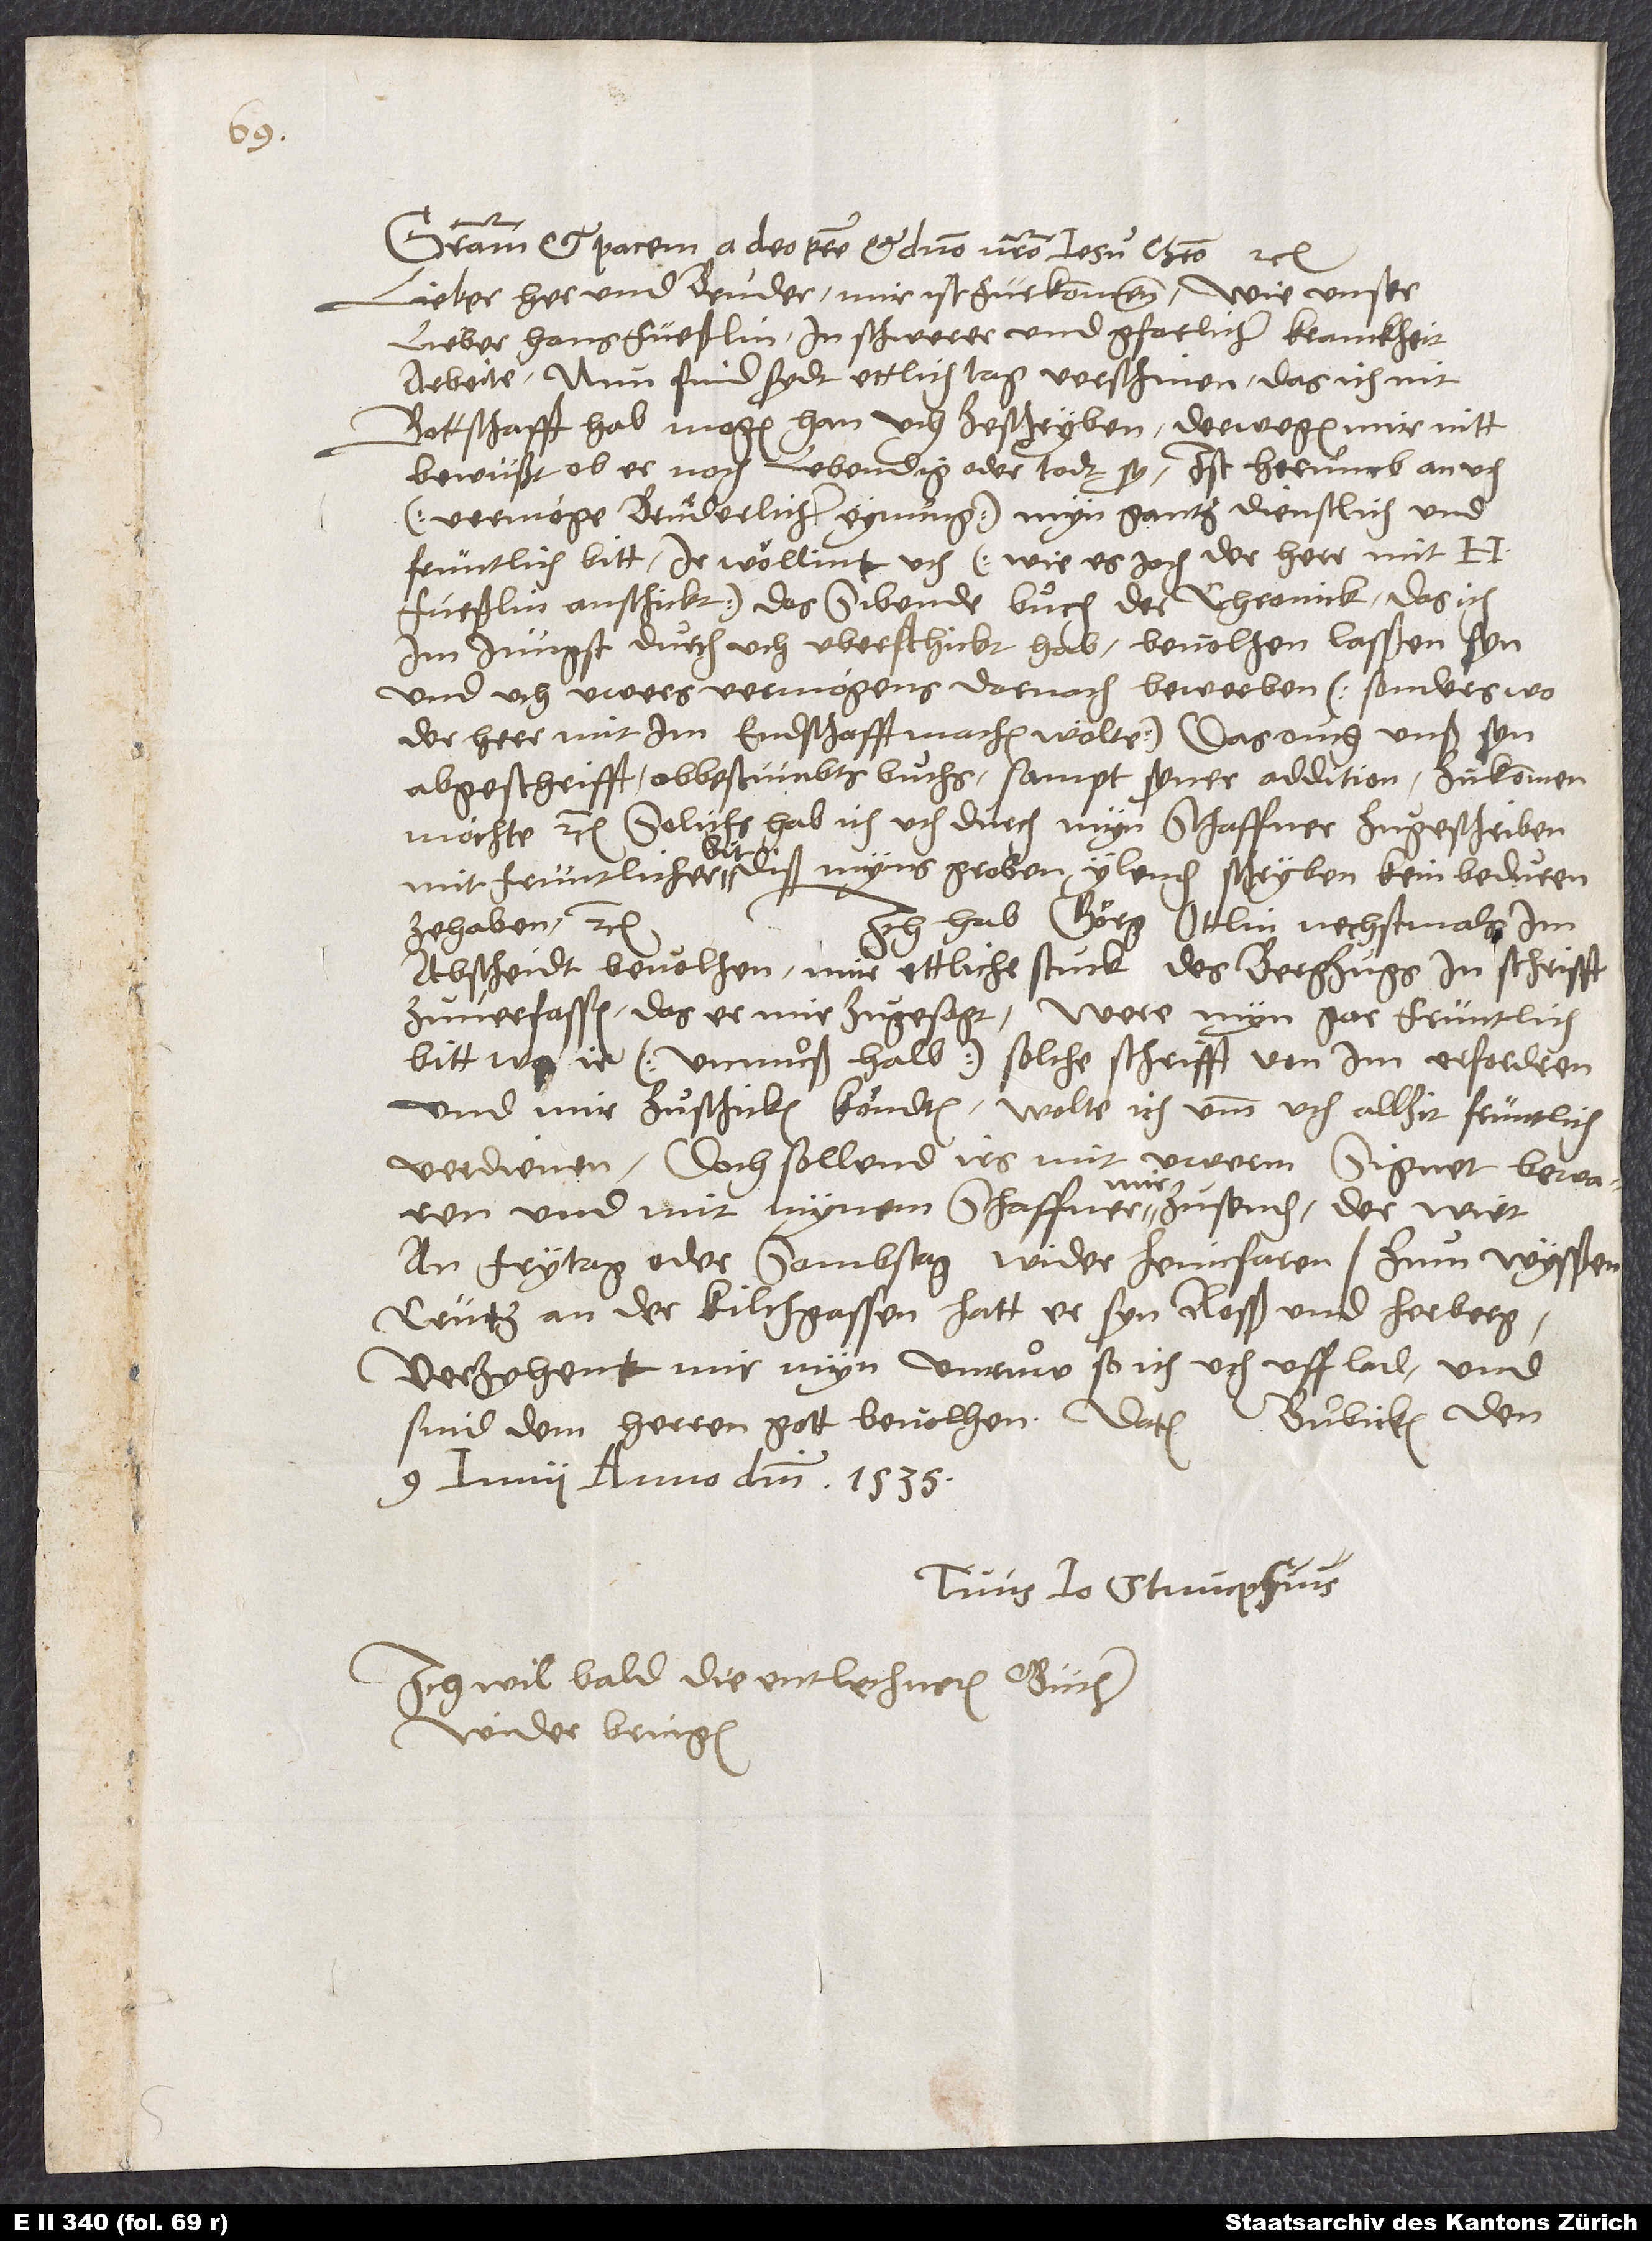
Gratiam et pacem a deo patre et domino nostro Jesu Christo etc.
Lieber her und bruͤder, mir ist fürkommen, wie unser
lieber Hans Füeßlin in schwerer und gfarlicher kranckheit
arbeite. Nun sind sydt ettlich tag verschinen, das ich nit
bottschafft hab mogen han, uch zeschryben, derwegen mir nitt
bewüßt, ob er noch lebendig oder todt sy. Ist herumb an uch
(vermöge bruͤderlicher eynung) myn gantz dienstlich und
früntlich bitt, ir wöllint uch (wie es ioch der herr mit H.
Füeßlin anschickt) das sibende buͦch der chronick, das ich
im jüngst durch uch überschickt hab, bevolhen lasßen syn
und uch uwers vermögens domoch bewerben (sonders, wo
der herr mit im endschafft machen wölte), das ouch unß syn
abgeschrifft obbestümbts buͦchs, sampt syner addition, zuͦkommen
möchte etc. Solichs hab ich uch durch myn schaffner zuͦgeschriben
mit früntlicher bit, diß myns groben, ylenden schryben kein beduren
Ich hab Görg Ottlin nechstmals im
zehaben etc.
abscheidt bevolhen, mir ettliche stück des bergzügs in schrifft
zuͦverfassen, das er mir zuͦgesagt. Were myn gar früntlich
bitt, wo ir (unmuͦß halb) solche schrifft von im erfordren
und mir zuͦschicken köndten, wolte ich umb uch allzit früntlich
verdienen. Doch sollend irs mit uwerm signet bewaren
und mit mynem schaffner mir zuͦsenden; der wirt
an frytag oder sambstag wider heimfaren. Zum "Wysßen
Crütz" an der kilchgassen hatt er syn rosß und herberg.
Verzyhent mir myn unruͦw, so ich uch uff lad, und
sind dem herren gott bevolhen. Datum Buͦbicken,
9. iunii anno domini 1535.
Tuus Io. Stumpfius.
Ich wil bald die entlechneten bücher
wider bringen.